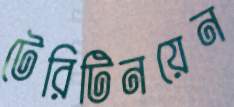
টেরিটিনয়েন